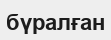
бүралған